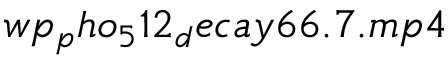
w p _ { p } h o _ { 5 } 1 2 _ { d } e c a y 6 6 . 7 . m p 4